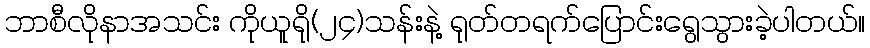
ဘာစီလိုနာအသင်း ကိုယူရို(၂၄)သန်းနဲ့ ရုတ်တရက်ပြောင်းရွေသွားခဲ့ပါတယ်။